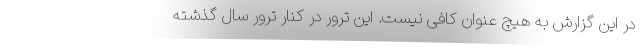
در این گزارش به هیچ عنوان کافی نیست. این ترور در کنار ترور سال گذشته